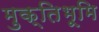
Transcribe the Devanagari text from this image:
मुक्तिभूमि